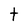
Character: t